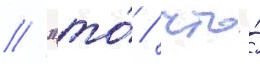
// "то́ / что́